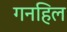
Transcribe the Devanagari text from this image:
गनहिल